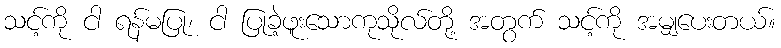
သင့်ကို ငါ ရန်မပြု၊ ငါ ပြုခဲ့ဖူးသောကုသိုလ်တို့ အတွက် သင့်ကို အမျှပေးတယ်။